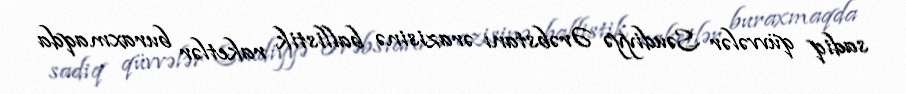
sadiq qüvvələr Səudiyyə Ərəbstanı ərazisinə ballistik raketlər buraxmaqda